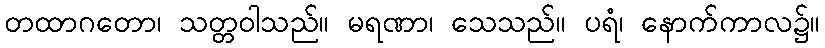
တထာဂတော၊ သတ္တဝါသည်။ မရဏာ၊ သေသည်။ ပရံ၊ နောက်ကာလ၌။